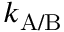
k _ { \mathrm { A / B } }